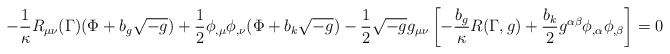
\begin{align*}-\frac{1}{\kappa}R_{\mu\nu}(\Gamma)(\Phi +b_{g}\sqrt{-g})+\frac{1}{2}\phi_{,\mu}\phi_{,\nu}(\Phi +b_{k}\sqrt{-g})-\frac{1}{2}\sqrt{-g}g_{\mu\nu}\left[-\frac{b_{g}}{\kappa}R(\Gamma ,g)+\frac{b_{k}}{2}g^{\alpha\beta}\phi_{,\alpha}\phi_{,\beta}\right]=0\end{align*}